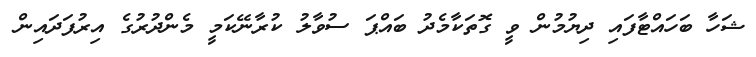
ޝަހާ ބަހައްޓާފައި ދިޔުމުން ވީ ގޮތަކާމެދު ބައްޕަ ސުވާލު ކުރާނޭކަމީ މެންދުރުގެ އިރުފަދައިން